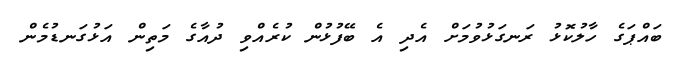
ބައްޕަގެ ހާލުކޮޅު ރަނގަޅުވުމަށް އެދި އެ ބޭފުޅުން ކުރެއްވި ދުއާގެ މަތިން އަޅުގަނޑުމެން